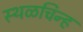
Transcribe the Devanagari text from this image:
स्थळचिन्ह